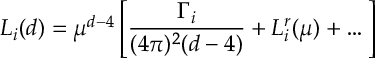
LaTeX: L _ { i } ( d ) = \mu ^ { d - 4 } \left[ \displaystyle \frac { \Gamma _ { i } } { ( 4 \pi ) ^ { 2 } ( d - 4 ) } + L _ { i } ^ { r } ( \mu ) + \dots \right]